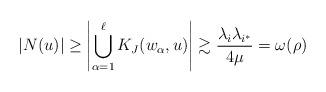
LaTeX: \begin{align*} |N(u)| \ge \left|\bigcup_{\alpha=1}^{\ell} K_J(w_\alpha,u)\right| \gtrsim \frac{\lambda_i\lambda_{i^*}}{4\mu} = \omega(\rho) \end{align*}